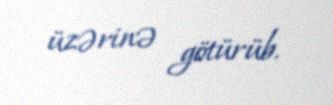
üzərinə götürüb.